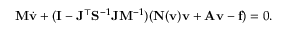
\ensuremath { \mathbf { M } } \dot { \ensuremath { \mathbf { v } } } + ( \ensuremath { \mathbf { I } } - \ensuremath { \mathbf { J } } ^ { \top } \ensuremath { \mathbf { S } } ^ { - 1 } \ensuremath { \mathbf { J } } \ensuremath { \mathbf { M } } ^ { - 1 } ) ( \ensuremath { \mathbf { N } } ( \ensuremath { \mathbf { v } } ) \ensuremath { \mathbf { v } } + \ensuremath { \mathbf { A } } \ensuremath { \mathbf { v } } - \ensuremath { \mathbf { f } } ) = 0 .